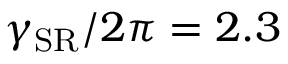
\gamma _ { \mathrm { S R } } / 2 \pi = 2 . 3